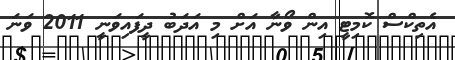
އެތިކްސް ކޮމިޓީ އިން ވޯނާ އަށް މި އަދަބު ދީފައިވަނީ 2011 ވަނަ